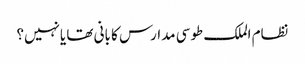
نظام الملک طوسی مدارس کا بانی تھا یانہیں؟